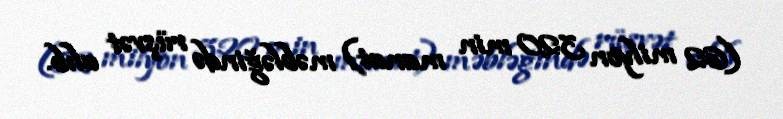
(62 milyon 320 min manat) məbləğində rüşvət alıb.